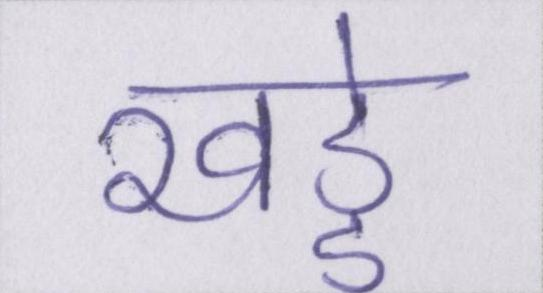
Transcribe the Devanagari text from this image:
खड्डे